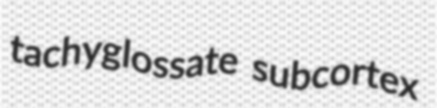
tachyglossate subcortex